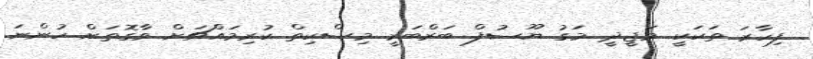
ފިހާރަ ތަކަކީ މަޖީދީ މަގު ޔޫސުފް ބަރްބަރީ މިސްކިތް ކުރިމައްޗަށް ވާގޮތަށް ހުންނަ